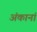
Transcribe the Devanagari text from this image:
अंकानां